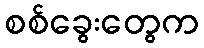
စစ်ခွေးတွေက